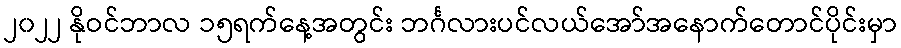
၂၀၂၂ နိုဝင်ဘာလ ၁၅ရက်နေ့အတွင်း ဘင်္ဂလားပင်လယ်အော်အနောက်တောင်ပိုင်းမှာ